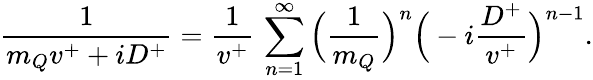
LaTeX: {\frac{1}{m_{Q}v^{+}+iD^{+}}}={\frac{1}{v^{+}}}\, \sum_{n=1}^{\infty}\Big({\frac{1}{m_{Q}}}\Big)^{n}\Big(-i{\frac{D^{+}}{v^{+}}}\Big)^{n-1}.